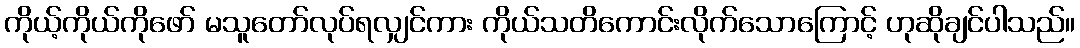
ကိုယ့်ကိုယ်ကိုဖော် မသူတော်လုပ်ရလျှင်ကား ကိုယ်သတိကောင်းလိုက်သောကြောင့် ဟုဆိုချင်ပါသည်။